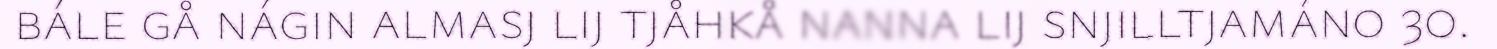
bále gå nágin almasj lij tjåhkå nanna lij snjilltjamáno 30.